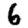
Digit: 6